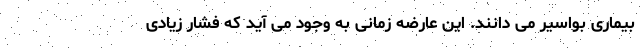
بیماری بواسیر می دانند. این عارضه زمانی به وجود می آید که فشار زیادی